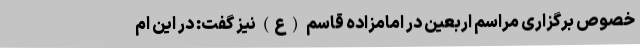
خصوص برگزاری مراسم اربعین در امامزاده قاسم (ع) نیز گفت: در این ام